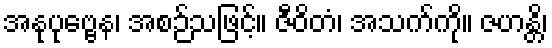
အနုပုဗ္ဗေန၊ အစဉ်သဖြင့်။ ဇီဝိတံ၊ အသက်ကို။ ဇဟန္တိ၊